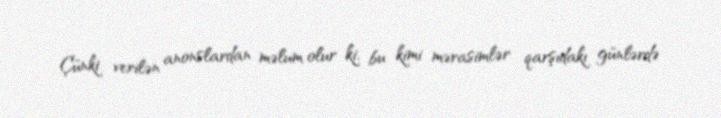
Çünki verilən anonslardan məlum olur ki, bu kimi mərasimlər qarşıdakı günlərdə